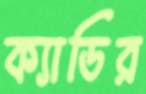
ক্যাডির